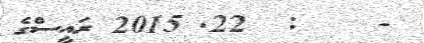
-    :  22